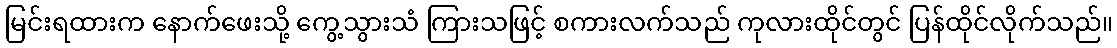
မြင်းရထားက နောက်ဖေးသို့ ကွေ့သွားသံ ကြားသဖြင့် စကားလက်သည် ကုလားထိုင်တွင် ပြန်ထိုင်လိုက်သည်။